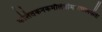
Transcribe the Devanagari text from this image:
कलितकनकमौलेर्वामभागस्थसीता